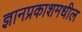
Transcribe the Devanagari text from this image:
ज्ञानप्रकाशमधील